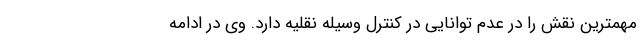
مهمترین نقش را در عدم توانایی در کنترل وسیله نقلیه دارد. وی در ادامه